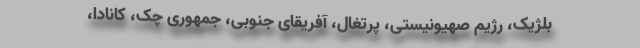
بلژیک، رژیم صهیونیستی، پرتغال، آفریقای جنوبی، جمهوری چک، کانادا،